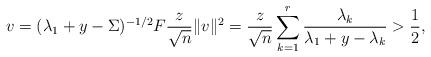
LaTeX: \begin{align*}v=(\lambda_1+y-\Sigma)^{-1/2}F\frac{z}{\sqrt{n}}\|v\|^2=\frac{z}{\sqrt{n}}\sum_{k = 1}^r\frac{\lambda_k}{\lambda_1+y-\lambda_k}> \frac{1}{2},\end{align*}